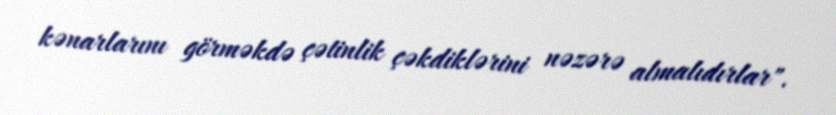
kənarlarını görməkdə çətinlik çəkdiklərini nəzərə almalıdırlar".